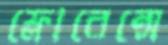
ফ্লোরেন্সে